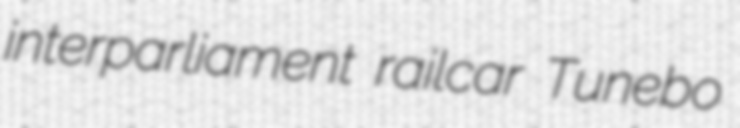
interparliament railcar Tunebo